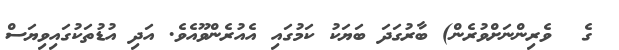
ގެ  ވެރިންނަށްވުރެން) ބާރުގަދަ ބަޔަކު ކަމުގައި އެއުރެންވޫއެވެ. އަދި އުޑުތަކުގައިވިޔަސް